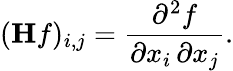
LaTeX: (\mathbf{H}f)_{i,j}={\frac{\partial^{2}f}{\partial x_{i}\, \partial x_{j}}}.